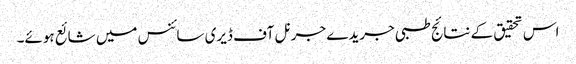
اس تحقیق کے نتائج طبی جریدے جرنل آف ڈیری سائنس میں شائع ہوئے۔